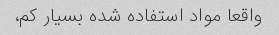
واقعا مواد استفاده شده بسیار کم،